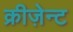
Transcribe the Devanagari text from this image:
क्रीज़ेन्ट